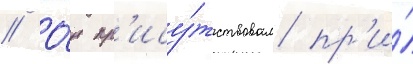
// О́н пр'ису́тствовал пр'и́